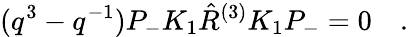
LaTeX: (q^{3}-q^{-1})P_{-}K_{1}\hat{R}^{(3)}K_{1}P_{-}=0\quad.